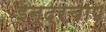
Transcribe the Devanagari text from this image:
इन्द्रचाप